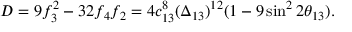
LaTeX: D = 9 f _ { 3 } ^ { 2 } - 3 2 f _ { 4 } f _ { 2 } = 4 c _ { 1 3 } ^ { 8 } ( \Delta _ { 1 3 } ) ^ { 1 2 } ( 1 - 9 \sin ^ { 2 } 2 \theta _ { 1 3 } ) .